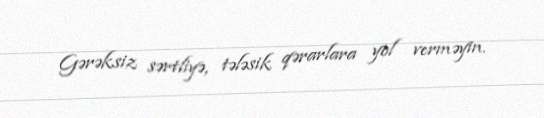
Gərəksiz sərtliyə, tələsik qərarlara yol verməyin.